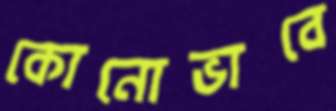
কোনোভাবে